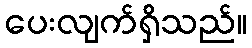
ပေးလျက်ရှိသည်။